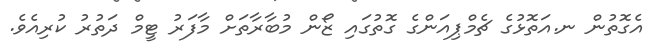
އެގޮތުން ނ.އަތޮޅުގެ ޗެމްޕިއަންގެ ގޮތުގައި ޒޯން މުބާރާތަށް މާފަރު ޓީމް ދަތުރު ކުރިއެވެ.